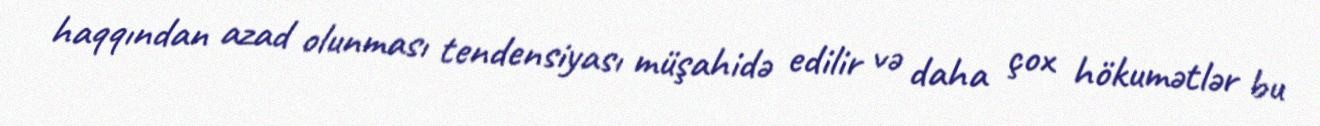
haqqından azad olunması tendensiyası müşahidə edilir və daha çox hökumətlər bu